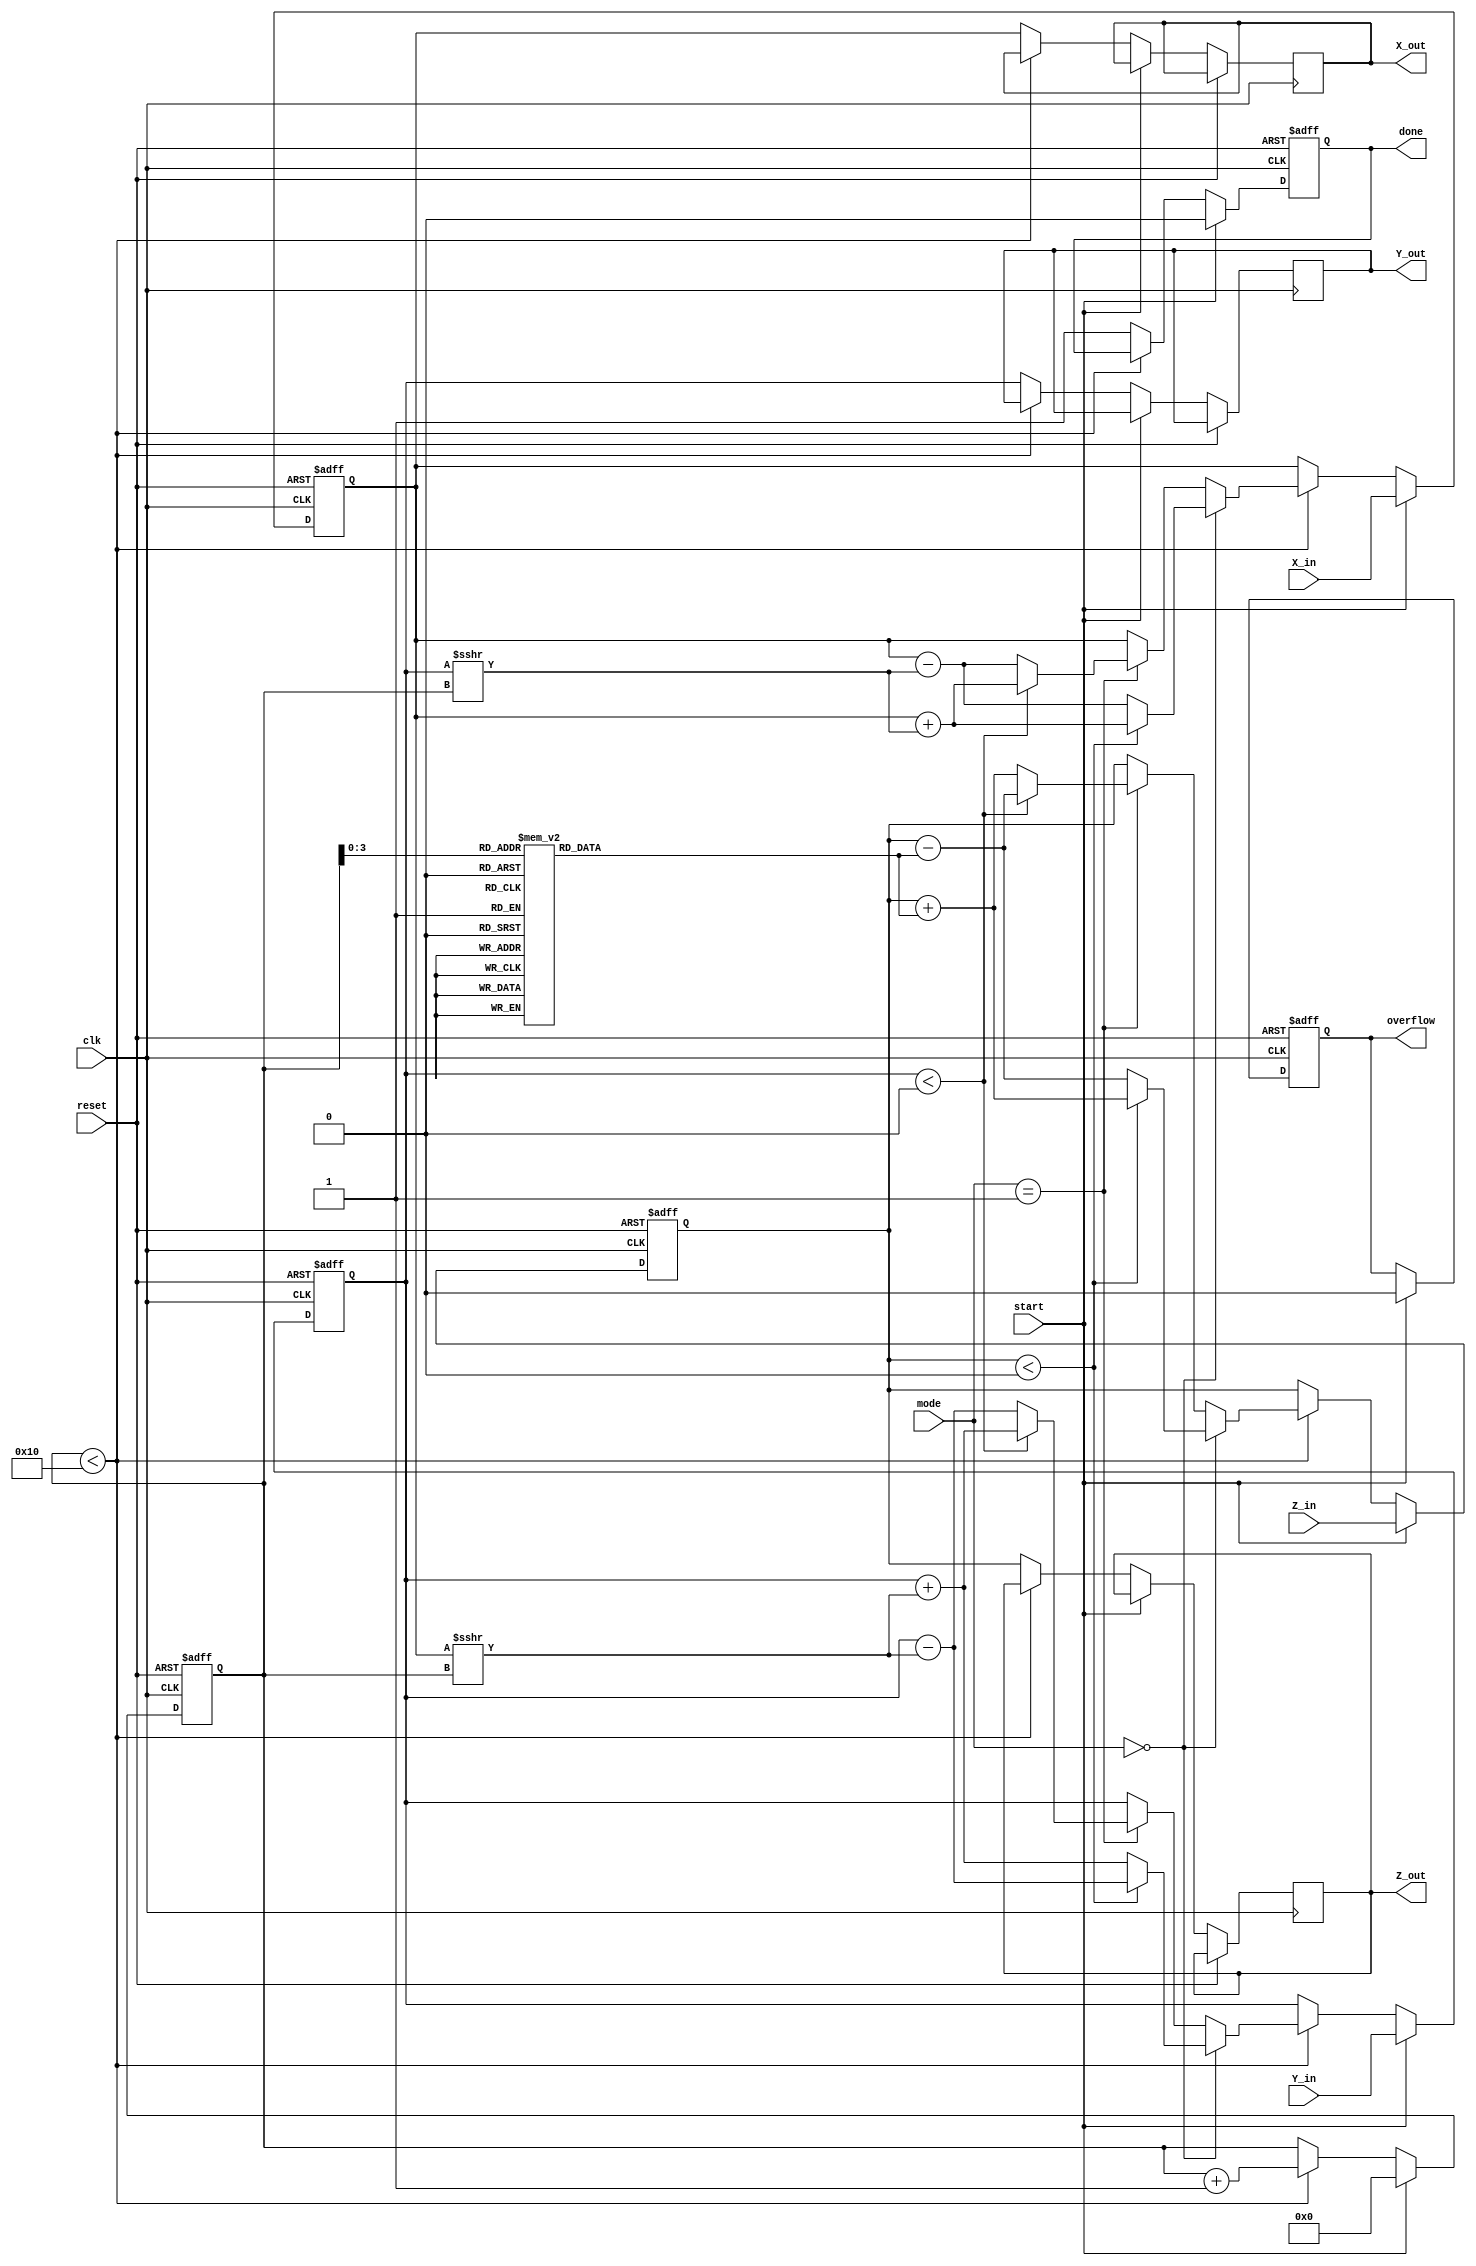
module cordic #(
    parameter WIDTH = 16,   // Bit-width for fixed-point representation
    parameter ITERATIONS = 16 // Number of CORDIC iterations
)(
    input wire clk,
    input wire reset,
    input wire [WIDTH-1:0] X_in,
    input wire [WIDTH-1:0] Y_in,
    input wire [WIDTH-1:0] Z_in,
    input wire start,
    input wire [1:0] mode, // 00: Rotation, 01: Vectoring, 10: Hyperbolic
    output reg [WIDTH-1:0] X_out,
    output reg [WIDTH-1:0] Y_out,
    output reg [WIDTH-1:0] Z_out,
    output reg done,
    output reg overflow
);

    // Internal Registers
    reg [WIDTH-1:0] X, Y, Z;
    reg [4:0] iteration; // 5 bits for max ITERATIONS (up to 31)
    reg [WIDTH-1:0] atan_table [0:ITERATIONS-1]; // Lookup table for arctan values

    // Initialize arctan table
    initial begin
        // Fill the atan_table with precomputed values (in fixed-point format)
        // Example values (these must be computed based on the desired precision)
        atan_table[0] = 16'h2000; // atan(1) = pi/4 in fixed-point
        atan_table[1] = 16'h12D4; // atan(1/2)
        // Continue filling out other values...
    end

    // State Machine for CORDIC processing
    always @(posedge clk or posedge reset) begin
        if (reset) begin
            X <= 0;
            Y <= 0;
            Z <= 0;
            iteration <= 0;
            done <= 0;
            overflow <= 0;
        end else if (start) begin
            // Load inputs
            X <= X_in;
            Y <= Y_in;
            Z <= Z_in;
            iteration <= 0;
            done <= 0;
            overflow <= 0;
        end else if (iteration < ITERATIONS) begin
            // CORDIC Iteration
            if (mode == 2'b00) begin // Rotation mode
                if (Z < 0) begin
                    X <= X + (Y >>> iteration);
                    Y <= Y - (X >>> iteration);
                    Z <= Z + atan_table[iteration];
                end else begin
                    X <= X - (Y >>> iteration);
                    Y <= Y + (X >>> iteration);
                    Z <= Z - atan_table[iteration];
                end
            end else if (mode == 2'b01) begin // Vectoring mode
                // Similar to rotation but compute angle
                if (Y < 0) begin
                    X <= X + (Y >>> iteration);
                    Y <= Y + (X >>> iteration);
                    Z <= Z - atan_table[iteration];
                end else begin
                    X <= X - (Y >>> iteration);
                    Y <= Y - (X >>> iteration);
                    Z <= Z + atan_table[iteration];
                end
            end else if (mode == 2'b10) begin // Hyperbolic mode
                // Hyperbolic calculations (simplified)
                // Implement CORDIC for sinh and cosh here
            end

            iteration <= iteration + 1;
        end else begin
            // Output results and set done flag
            X_out <= X;
            Y_out <= Y;
            Z_out <= Z;
            done <= 1;
        end
    end

endmodule